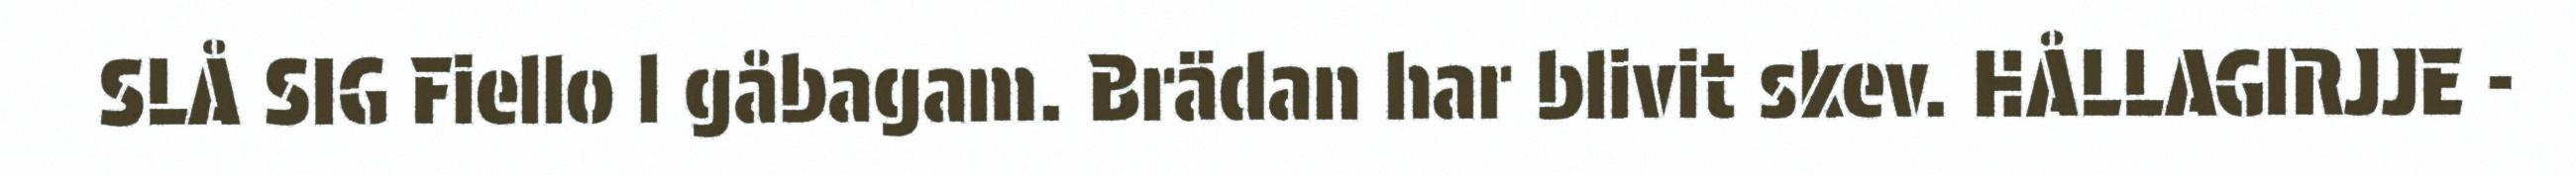
SLÅ SIG Fiello l gåbagam. Brädan har blivit skev. HÅLLAGIRJJE -